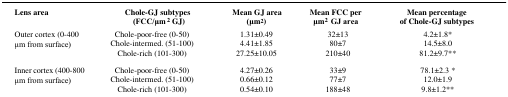
<table><thead><tr><td><b>Lens area</b></td><td><b>Chole-GJ subtypes (FCC/μm<sup>2</sup>GJ)</b></td><td><b>Mean GJ area (μm<sup>2</sup>)</b></td><td><b>Mean FCC per μm<sup>2</sup> GJ area</b></td><td><b>Mean percentage of Chole-GJ subtypes</b></td></tr></thead><tbody><tr><td rowspan="3">Outer cortex (0-400 μm from surface)</td><td>Chole-poor-free (0-50)</td><td>1.31±0.49</td><td>32±13</td><td>4.2±1.8*</td></tr><tr><td>Chole-intermed. (51-100)</td><td>4.41±1.85</td><td>80±7</td><td>14.5±8.0</td></tr><tr><td>Chole-rich (101-300)</td><td>27.25±10.05</td><td>210±40</td><td>81.2±9.7**</td></tr><tr><td rowspan="3">Inner cortex (400-800 μm from surface)</td><td>Chole-poor-free (0-50)</td><td>4.27±0.26</td><td>33±9</td><td>78.1±2.3 *</td></tr><tr><td>Chole-intermed. (51-100)</td><td>0.66±0.12</td><td>77±7</td><td>12.0±1.9</td></tr><tr><td>Chole-rich (101-300)</td><td>0.54±0.10</td><td>188±48</td><td>9.8±1.2**</td></tr></tbody></table>